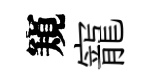
窺寵